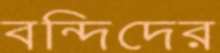
বন্দিদের